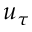
u _ { \tau }